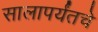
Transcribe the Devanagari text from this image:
सालापर्यंतचे